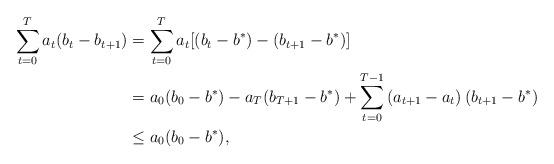
LaTeX: \begin{align*}\sum_{t=0}^T a_t{(b_t - b_{t+1})} & =\sum_{t=0}^T a_t{[(b_{t} -b^*)- (b_{t+1}-b^*)]}\\&= a_0 (b_0-b^*) - a_T (b_{T+1}-b^*) + \sum_{t=0}^{T-1} \left(a_{t+1} - a_t \right)(b_{t+1} - b^*) \\&\leq a_0 (b_0- b^*),\end{align*}